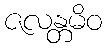
ဇလန္တမိဝ